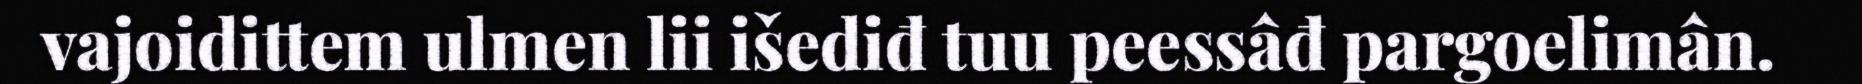
vajoidittem ulmen lii išediđ tuu peessâđ pargoelimân.